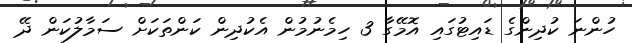
ހުންނަ ކުދިންގެ ޑައިޓުގައި އޮމޭގާ 3 ހިމެނުމުން އެކުދިން ކަންތަކަށް ސަމާލުކަން ދޭ